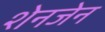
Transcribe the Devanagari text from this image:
शेनजेन